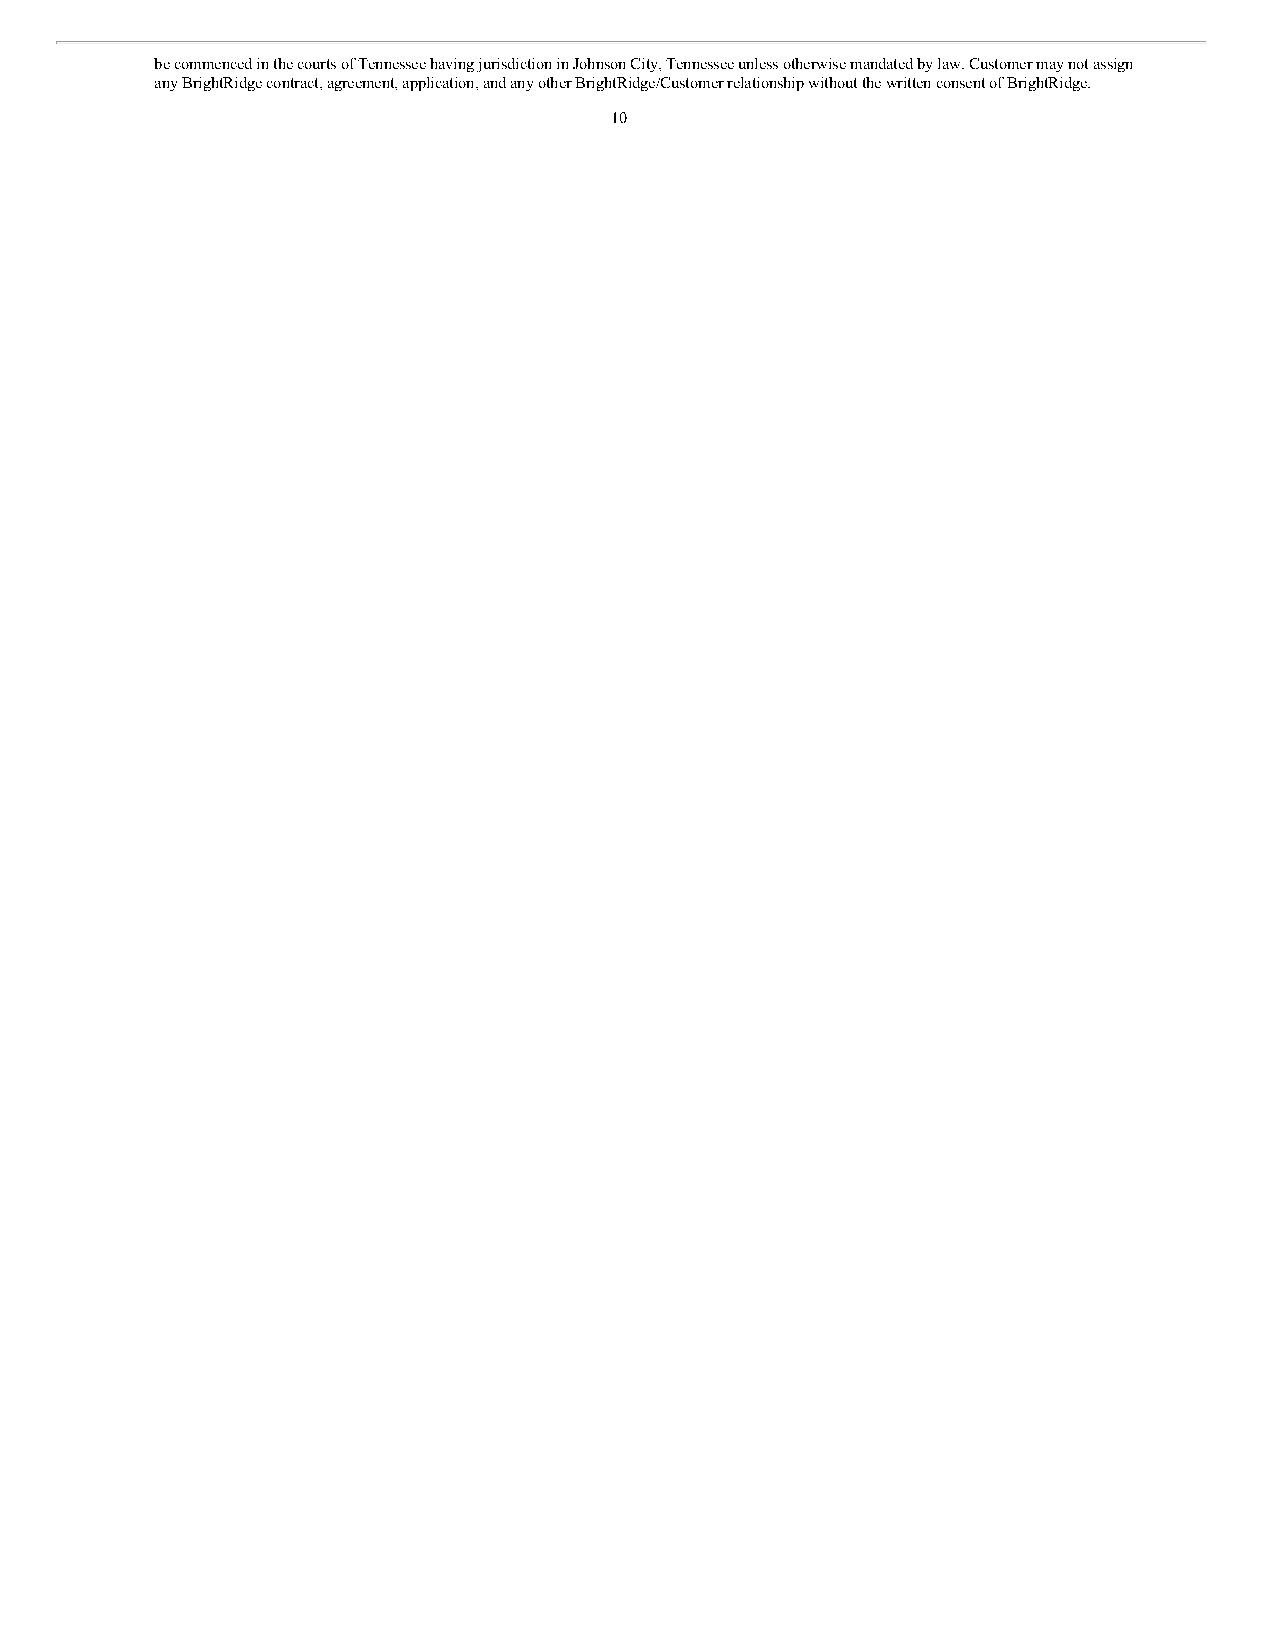
be commenced in the courts of Tennessee having jurisdiction in Johnson City, Tennessee unless otherwise mandated by law. Customer may not assign
 any BrightRidge contract, agreement, application, and any other BrightRidge/Customer relationship without the written consent of BrightRidge.
 10